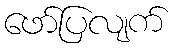
ဖော်ပြလျက်